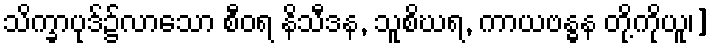
သိက္ခာပုဒ်၌လာသော စီဝရ နိသီဒန, သူစိဃရ, ကာယဗန္ဓန တို့ကိုယူ၊]